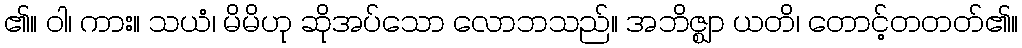
၏။ ဝါ၊ ကား။ သယံ၊ မိမိဟု ဆိုအပ်သော လောဘသည်။ အဘိဇ္ဈာ ယတိ၊ တောင့်တတတ်၏။